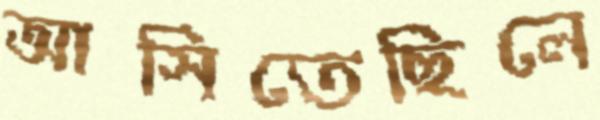
আসিতেছিলে